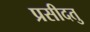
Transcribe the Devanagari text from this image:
प्रसीदतु